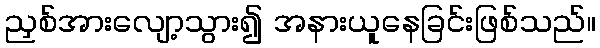
ညှစ်အားလျော့သွား၍ အနားယူနေခြင်းဖြစ်သည်။